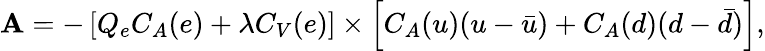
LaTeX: {\mathbf A}=-\left[Q_{e}C_{A}(e)+\lambda C_{V}(e)\right]\times\left[C_{A}(u)(u-\bar{u})+C_{A}(d)(d-\bar{d})\right],